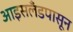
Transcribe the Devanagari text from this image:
आइसलँडपासून